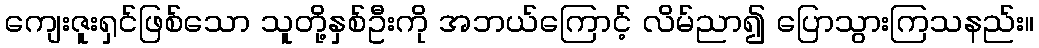
ကျေးဇူးရှင်ဖြစ်သော သူတို့နှစ်ဦးကို အဘယ်ကြောင့် လိမ်ညာ၍ ပြောသွားကြသနည်း။